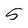
Character: 5